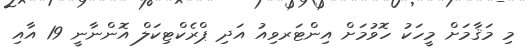
މި މަޤާމަށް މީހަކު ހޮވުމަށް އިންޓަރވިއު އަދި ޕްރެކްޓިކަލް އޮންނާނީ 19 އާއި